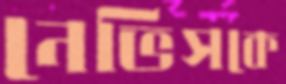
নেভিসকে